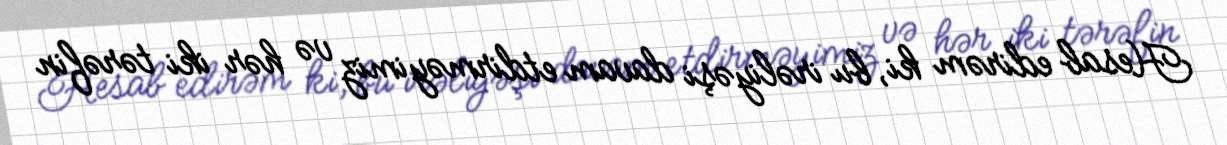
Hesab edirəm ki, bu irəliyəşi davam etdirməyimiz və hər iki tərəfin